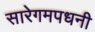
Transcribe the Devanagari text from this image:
सारेगमपधनी